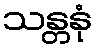
သန္တနုံ